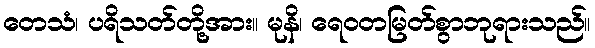
တေသံ၊ ပရိသတ်တို့အား။ မုနိ၊ ရေဝတမြတ်စွာဘုရားသည်။